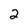
Character: 2